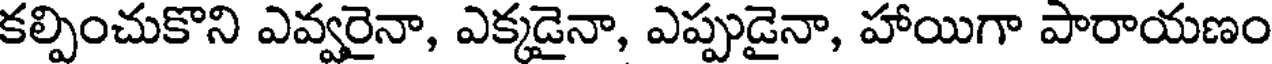
కల్పించుకొని ఎవ్వరైనా, ఎక్కడైనా, ఎప్పుడైనా, హాయిగా పారాయణం